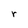
Character: r